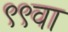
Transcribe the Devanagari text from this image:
९९वा